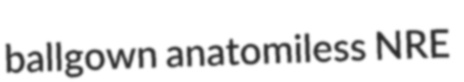
ballgown anatomiless NRE